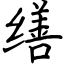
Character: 缮